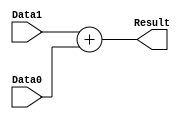
/******************************************************************
* Description
*	This is a  an adder that can be parameterized in its bit-width.
*	01/03/2014
******************************************************************/

module Adder32bits
#
(
	parameter NBits=32
)
(
	input [NBits-1:0] Data0,
	input [NBits-1:0] Data1,
	
	output [NBits-1:0] Result
);

assign Result = Data1 + Data0;
endmodule
//adder32//